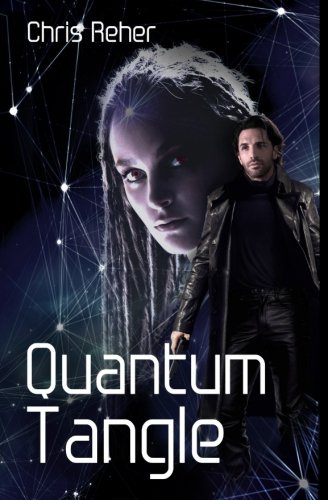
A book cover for Quantum Tangle (Targon Tales - Sethran) (Volume 1); Chris Reher; Science Fiction & Fantasy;